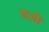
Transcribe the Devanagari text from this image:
गजी